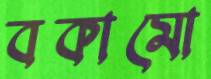
বকামো